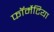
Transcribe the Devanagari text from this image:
फॉर्मेटिया